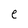
Character: e